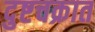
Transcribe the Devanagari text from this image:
दुष्टचक्रात